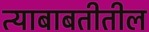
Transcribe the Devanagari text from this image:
त्याबाबतीतील